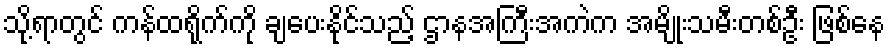
သို့ရာတွင် ကန်ထရိုက်ကို ချပေးနိုင်သည့် ဌာနအကြီးအကဲက အမျိုးသမီးတစ်ဦး ဖြစ်နေ